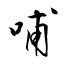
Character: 哺